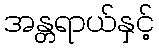
အန္တရာယ်နှင့်